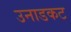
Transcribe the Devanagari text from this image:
उनाडकट